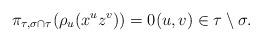
LaTeX: \begin{align*}\pi_{\tau, \sigma\cap \tau}(\rho_u(x^uz^v))=0 (u,v) \in \tau \setminus \sigma.\end{align*}